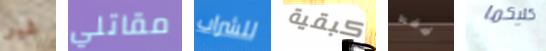
غير مقاتلي للشراب كبقية فقط كليكما